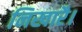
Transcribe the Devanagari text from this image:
निखारै।